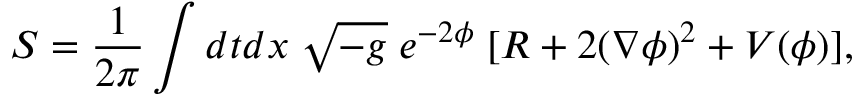
{ \cal S } = \frac { 1 } { 2 \pi } \int d t d x \; \sqrt { - g } \; e ^ { - 2 \phi } \; [ R + 2 ( \nabla \phi ) ^ { 2 } + V ( \phi ) ] ,